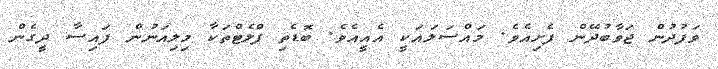
ވަފުދުން ޖަވާބުދޭން ފެށިއެވެ. މައްސަލައަކީ އެއީއެވެ. ބޮޑެތި ފްލެޓްތަކާ މިލިއަނުން ފައިސާ ދީގެން